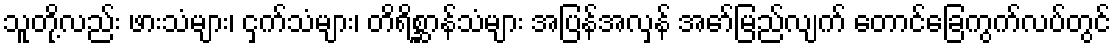
သူတို့လည်း ဖားသံများ၊ ငှက်သံများ၊ တိရိစ္ဆာန်သံများ အပြန်အလှန် အော်မြည်လျက် တောင်ခြေကွက်လပ်တွင်